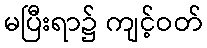
မပြီးရာ၌ ကျင့်ဝတ်